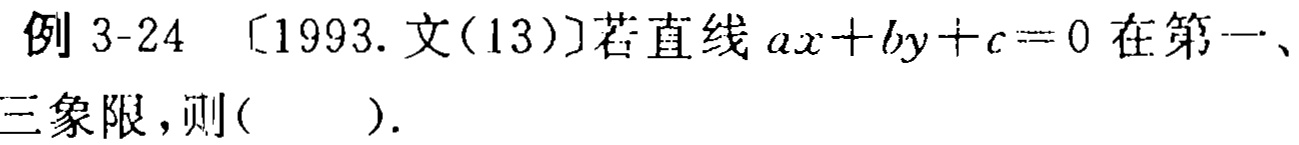
例 3-24 〔1993. 文(13)〕若直线 \(ax + by + c = 0\) 在第一、三象限，则( ).